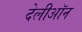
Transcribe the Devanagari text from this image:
देलीऑन